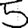
Digit: 5